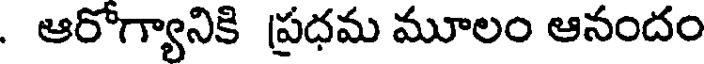
. ఆరోగ్యానికి ప్రధమ మూలం ఆనందం